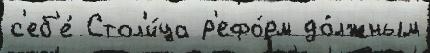
с'еб'е́ Стол'и́ца р'ефо́рм до́лжным